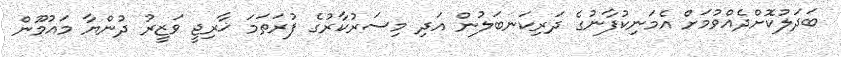
ބަދަލުކޮށްދެއްވުމަށް އެމަނިކުފާނުގެ ދަރިކަނބަލުން އަދި މިސަރުކާރުގެ ފުރަތަމަ ޚާރިޖީ ވަޒީރު ދުންޔާ މައުމޫން